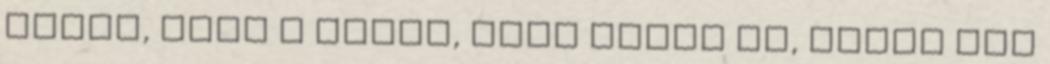
kezét, enni a lábát, édes kakas út, sweet vip